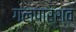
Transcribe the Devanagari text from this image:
गलपार्श्व